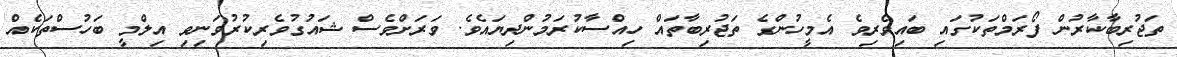
ތަޖުރިބާކާރުން ފޯރަމްތަކުގައި ބައިވެރިވެ އެމީހުންގެ ތަޖުރިބާތައް ހިއްސާކުރަމުންދިޔައެވެ. ވަރަށްވެސް ޝައުގުވެރިކުރުވަނިވި އިލްމީ ބަހުސްތަކެއް